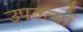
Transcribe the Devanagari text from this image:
उपतत्वों